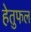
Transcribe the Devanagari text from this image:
हेतुफल